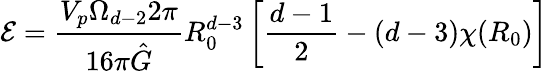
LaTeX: \mathcal{E}=\frac{{V_{p}\Omega_{d-2}2\pi}}{{16\pi\hat{{G}}}}R_{0}^{d-3}\left[\frac{{d-1}}{{2}}-(d-3)\chi(R_{0})\right]